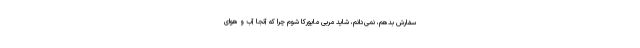
سفارش بدهم، نمی‌دانم، شاید مربی مایورکا شوم چرا که آنجا آب و هوای